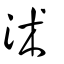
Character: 沭